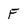
Character: F